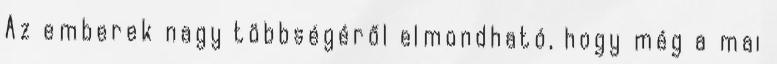
Az emberek nagy többségéről elmondható, hogy még a mai